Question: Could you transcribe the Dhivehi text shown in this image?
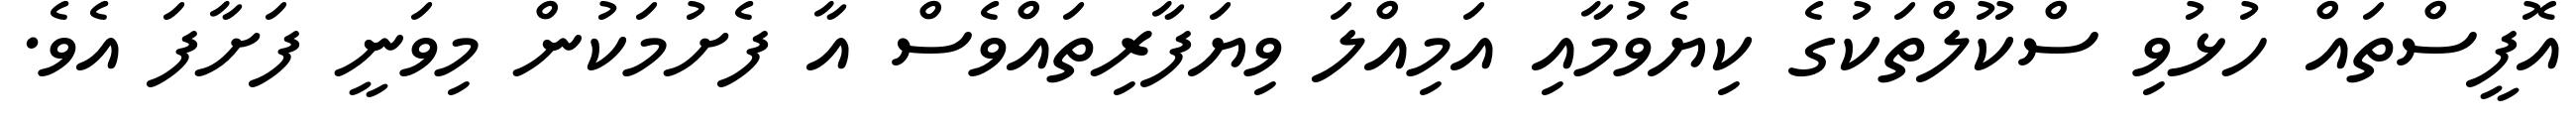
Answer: އޮފީސްތައް ހުޅުވި ސްކޫލްތަކުގެ ކިޔެވުމާއި އަމިއްލަ ވިޔަފާރިތައްވެސް އާ ފެށުމަކުން މިވަނީ ފަށާފަ އެވެ.